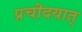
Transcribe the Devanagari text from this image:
प्रचॊदयात्